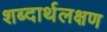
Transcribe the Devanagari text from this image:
शब्दार्थलक्षण